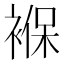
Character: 褓